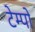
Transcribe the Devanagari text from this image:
टेम्‍पो